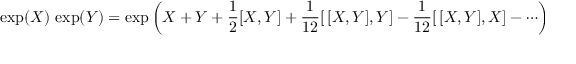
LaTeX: \exp ( X ) \, \exp ( Y ) = \exp \left( X + Y + { \frac { 1 } { 2 } } [ X , Y ] + { \frac { 1 } { 1 2 } } [ \, [ X , Y ] , Y ] - { \frac { 1 } { 1 2 } } [ \, [ X , Y ] , X ] - \cdots \right) ,